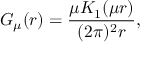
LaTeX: G _ { \mu } ( r ) = \frac { \mu K _ { 1 } ( \mu r ) } { ( 2 \pi ) ^ { 2 } r } ,